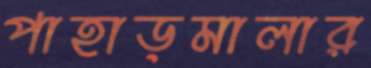
পাহাড়মালার